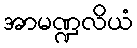
အာမဏ္ဍလိယံ